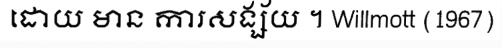
ដោយ មាន ការសង្ស័យ ។ Willmott (1967)